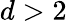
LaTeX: d>2